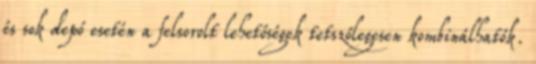
és sok depó esetén a felsorolt lehetőségek tetszőlegesen kombinálhatók.